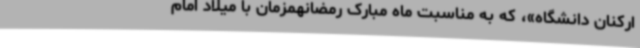
ارکنان دانشگاه»، که به مناسبت ماه مبارک رمضانهمزمان با میلاد امام